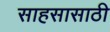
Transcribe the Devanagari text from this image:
साहसासाठी